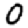
Digit: 0